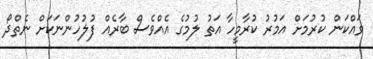
ވައްކަން ކުރުމަށް އަމުރު ކުރާމީހާ އަތު ލުމުގެ އެއްވެސް ބާރެއް ފުލުހުންނަކަށް ނެތްދޯ